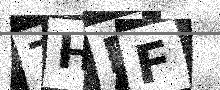
Text: 7HPF